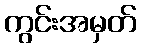
ကွင်းအမှတ်